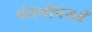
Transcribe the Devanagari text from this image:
पंचमीपयर्त